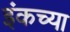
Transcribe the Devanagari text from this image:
इंकच्या